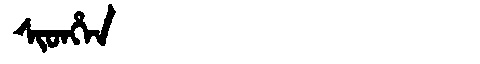
Manchu: ᠰᡳᡨᡥᡝᠨ
Romanization: SITHEN